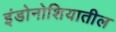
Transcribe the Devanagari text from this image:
इंडोनोशियातील